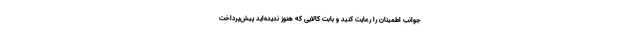
جوانب اطمینان را رعایت کنید و بابت کالایی که هنوز ندیده‌اید پیش‌پرداخت